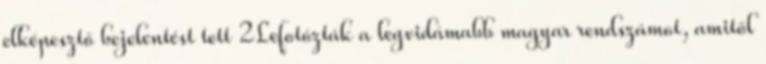
elképesztő bejelentést tett 2Lefotózták a legvidámabb magyar rendszámot, amitől